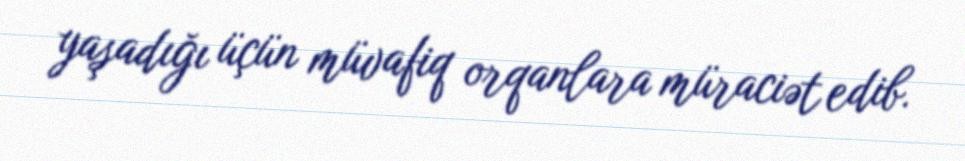
yaşadığı üçün müvafiq orqanlara müraciət edib.